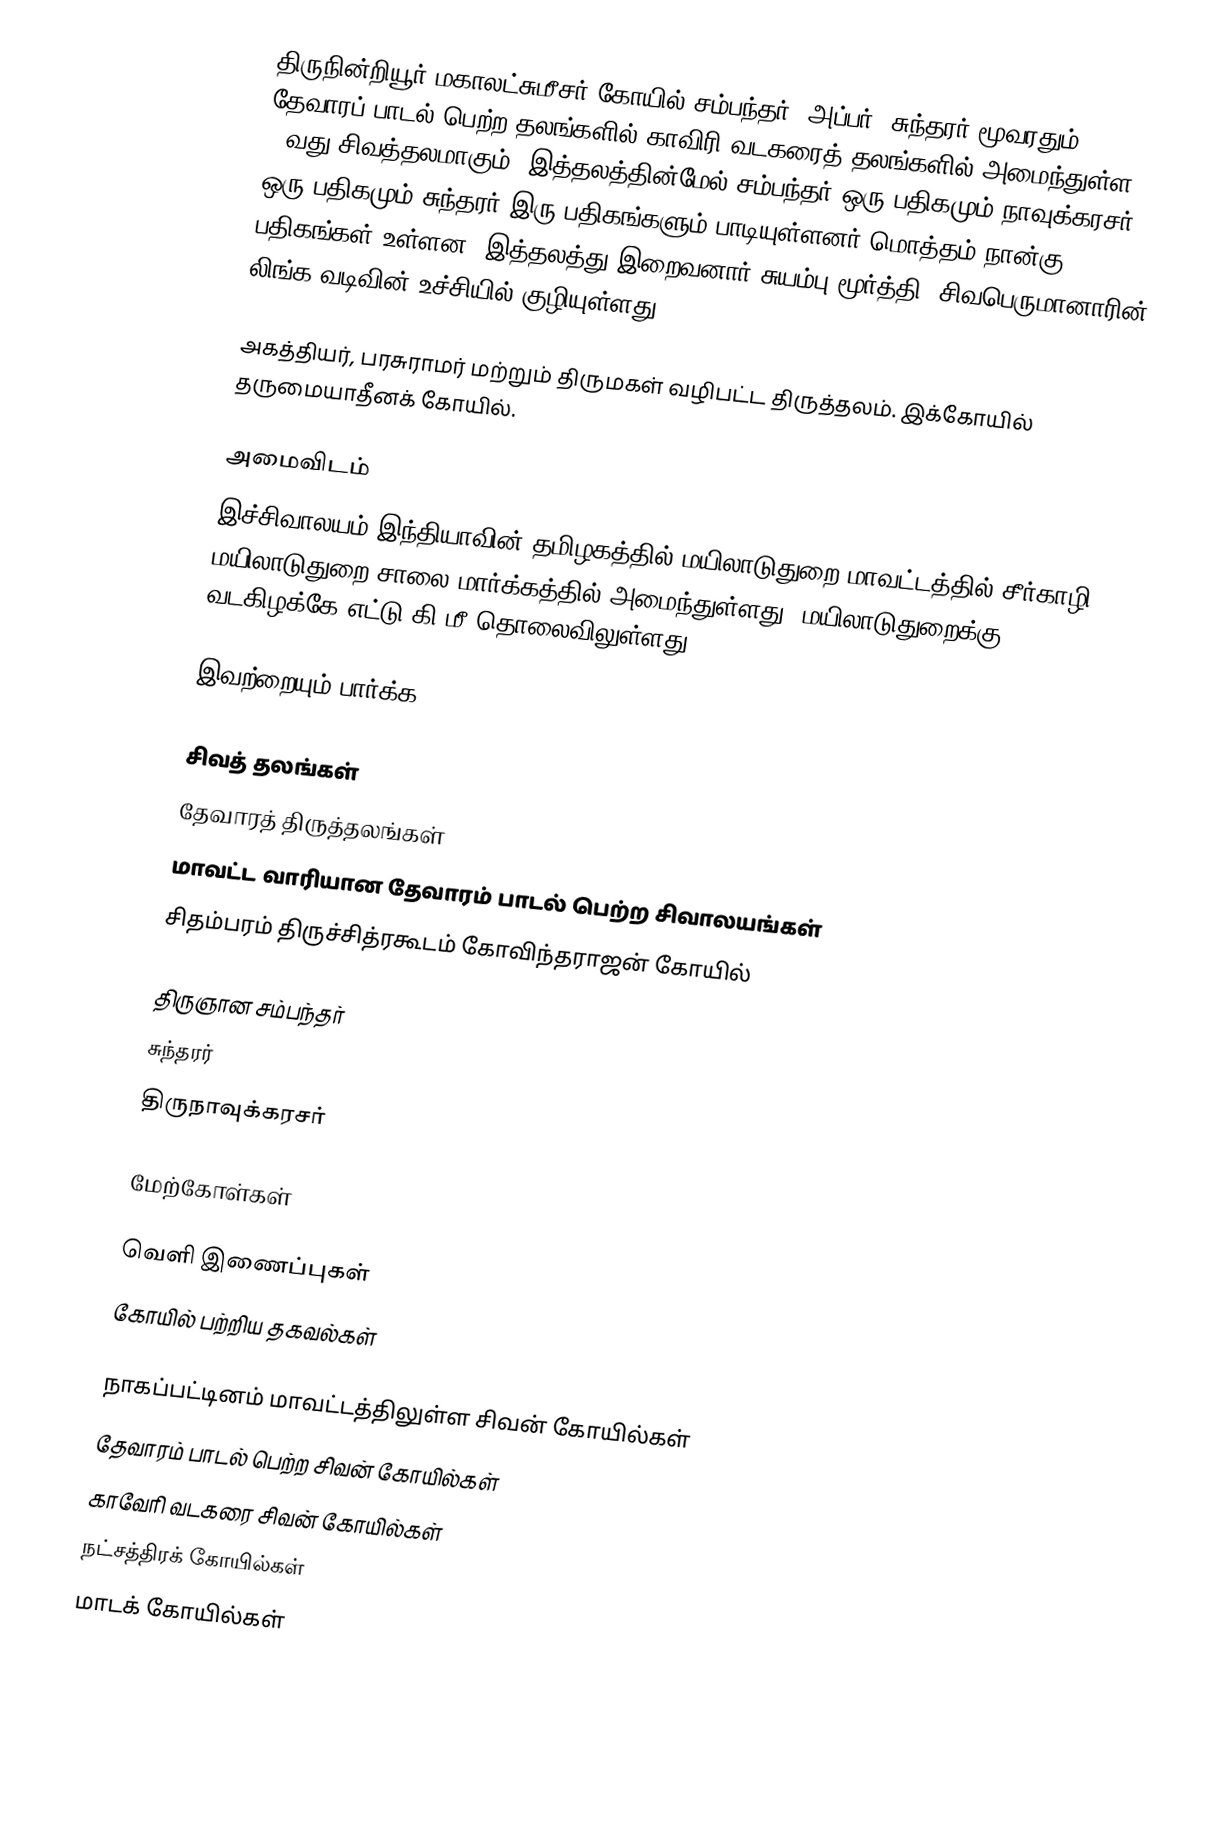
திருநின்றியூர் மகாலட்சுமீசர் கோயில்  சம்பந்தர், அப்பர், சுந்தரர் மூவரதும் தேவாரப் பாடல் பெற்ற தலங்களில் காவிரி வடகரைத் தலங்களில் அமைந்துள்ள 19வது சிவத்தலமாகும். இத்தலத்தின்மேல் சம்பந்தர் ஒரு பதிகமும் நாவுக்கரசர் ஒரு பதிகமும் சுந்தரர் இரு பதிகங்களும் பாடியுள்ளனர்.மொத்தம் நான்கு பதிகங்கள் உள்ளன. இத்தலத்து இறைவனார் சுயம்பு மூர்த்தி. சிவபெருமானாரின் லிங்க வடிவின் உச்சியில் குழியுள்ளது.

அகத்தியர், பரசுராமர் மற்றும் திருமகள் வழிபட்ட திருத்தலம். இக்கோயில் தருமையாதீனக் கோயில்.

அமைவிடம்
இச்சிவாலயம் இந்தியாவின் தமிழகத்தில் மயிலாடுதுறை மாவட்டத்தில் சீர்காழி - மயிலாடுதுறை சாலை மார்க்கத்தில் அமைந்துள்ளது. மயிலாடுதுறைக்கு வடகிழக்கே எட்டு கி.மீ தொலைவிலுள்ளது.

இவற்றையும் பார்க்க

 சிவத் தலங்கள்
 தேவாரத் திருத்தலங்கள்
 மாவட்ட வாரியான தேவாரம் பாடல் பெற்ற சிவாலயங்கள்
 சிதம்பரம் திருச்சித்ரகூடம் கோவிந்தராஜன் கோயில்

 திருஞான சம்பந்தர்
 சுந்தரர்
 திருநாவுக்கரசர்

மேற்கோள்கள்

வெளி இணைப்புகள்
 கோயில் பற்றிய தகவல்கள்

நாகப்பட்டினம் மாவட்டத்திலுள்ள சிவன் கோயில்கள்
தேவாரம் பாடல் பெற்ற சிவன் கோயில்கள்
காவேரி வடகரை சிவன் கோயில்கள்
நட்சத்திரக் கோயில்கள்
மாடக் கோயில்கள்